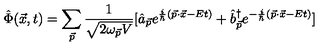
\hat { \Phi } ( \vec { x } , t ) = \sum _ { \vec { p } } \frac { 1 } { \sqrt { 2 \omega _ { \vec { p } } V } } [ \hat { a } _ { \vec { p } } e ^ { \frac { i } { \hbar } ( \vec { p } \cdot \vec { x } - E t ) } + { \hat { b } } _ { \vec { p } } ^ { \dag } e ^ { - \frac { i } { \hbar } ( \vec { p } \cdot \vec { x } - E t ) } ]